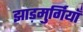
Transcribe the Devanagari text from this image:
झाड़मुर्गियाँ